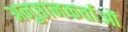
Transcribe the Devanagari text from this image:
अनुष्ठानकर्ताओं